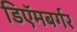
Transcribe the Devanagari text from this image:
डिऍमबर्गर